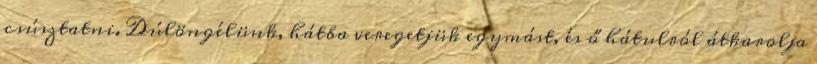
csúsztatni. Dúlöngélünk, hátba veregetjük egymást, és ő hátulról átkarolja